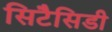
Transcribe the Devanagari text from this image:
सिटैसिडी